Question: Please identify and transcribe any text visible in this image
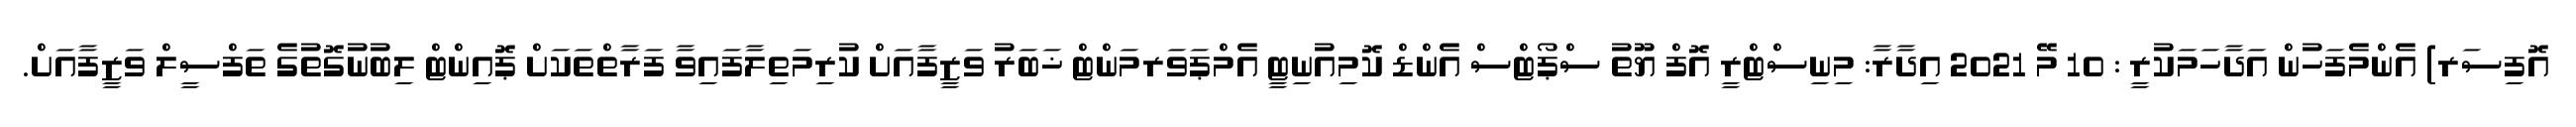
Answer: އޮފިސަރ) އެންމެފަހުން އަދާހަމަކުރީ : 10 މޭ 2021 އިދާރާ: މިނިސްޓްރީ އޮފް ޔޫތު ސްޕޯޓްސް އެންޑް ކޮމިއުނިޓީ އެމްޕަވަރމަންޓް ޚަބަރު ވަޒީފާއަށް ކުރިމަތިލާފައިވާ ފަރާތްތަކަށް ޕޮއިންޓް ލިބުނުގޮތުގެ ތަފްސީލް ވަޒީފާއަށް.